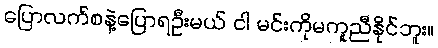
ပြောလက်စနဲ့ပြောရဦးမယ် ငါ မင်းကိုမကူညီနိုင်ဘူး။